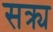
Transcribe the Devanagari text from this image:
सक्र्य